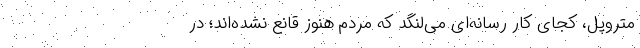
متروپل، کجای کار رسانه‌ای می‌لنگد که مردم هنوز قانع نشده‌اند؛ در